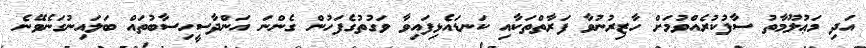
އަދި މަޢުލޫމާތު ސާފުކުރެއްވުމަށް ހާޒިރުނުވާ ފަރާތްތަކާއި ކަނޑައެޅިފައިވާ ވަގުތުގެފަހުން ގެންނަ އަންދާސީހިސާބުތައް ބަލައިނުގަނެވޭނެ